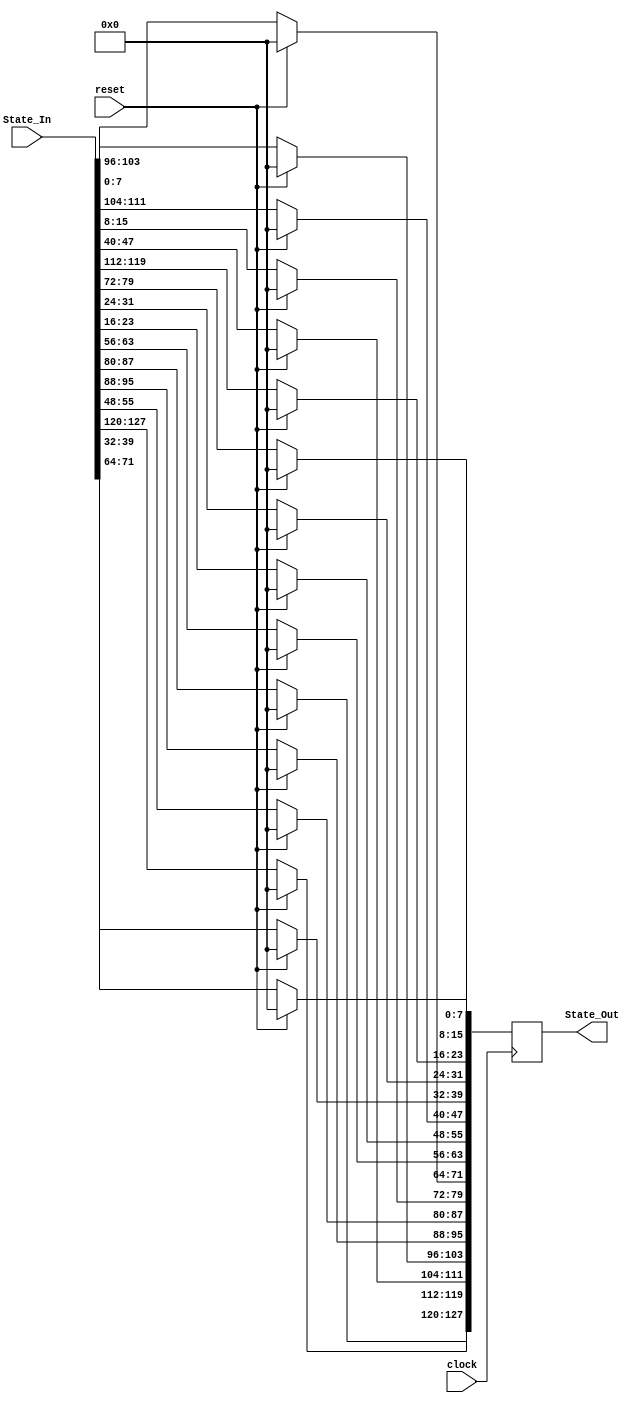
`timescale 1ns / 1ps

module shift_rows(
	input clock, reset,
	input [0:127] State_In,
	output reg [0:127] State_Out
	);
	
always @(posedge clock) begin
    if (reset) begin
        State_Out = 128'h0;
    end
    else  begin
        State_Out[0   +:8] <= State_In[0   +:8];
        State_Out[32  +:8] <= State_In[32  +:8];
        State_Out[64  +:8] <= State_In[64  +:8];
        State_Out[96  +:8] <= State_In[96  +:8];
        State_Out[8   +:8] <= State_In[40  +:8];
        State_Out[40  +:8] <= State_In[72  +:8];
        State_Out[72  +:8] <= State_In[104 +:8];
        State_Out[104 +:8] <= State_In[8   +:8];
        State_Out[16  +:8] <= State_In[80  +:8];
        State_Out[48  +:8] <= State_In[112 +:8];
        State_Out[80  +:8] <= State_In[16  +:8];
        State_Out[112 +:8] <= State_In[48  +:8];
        State_Out[24  +:8] <= State_In[120 +:8];
        State_Out[56  +:8] <= State_In[24  +:8];
        State_Out[88  +:8] <= State_In[56  +:8];
        State_Out[120 +:8] <= State_In[88  +:8];
    end
end	   
  
endmodule